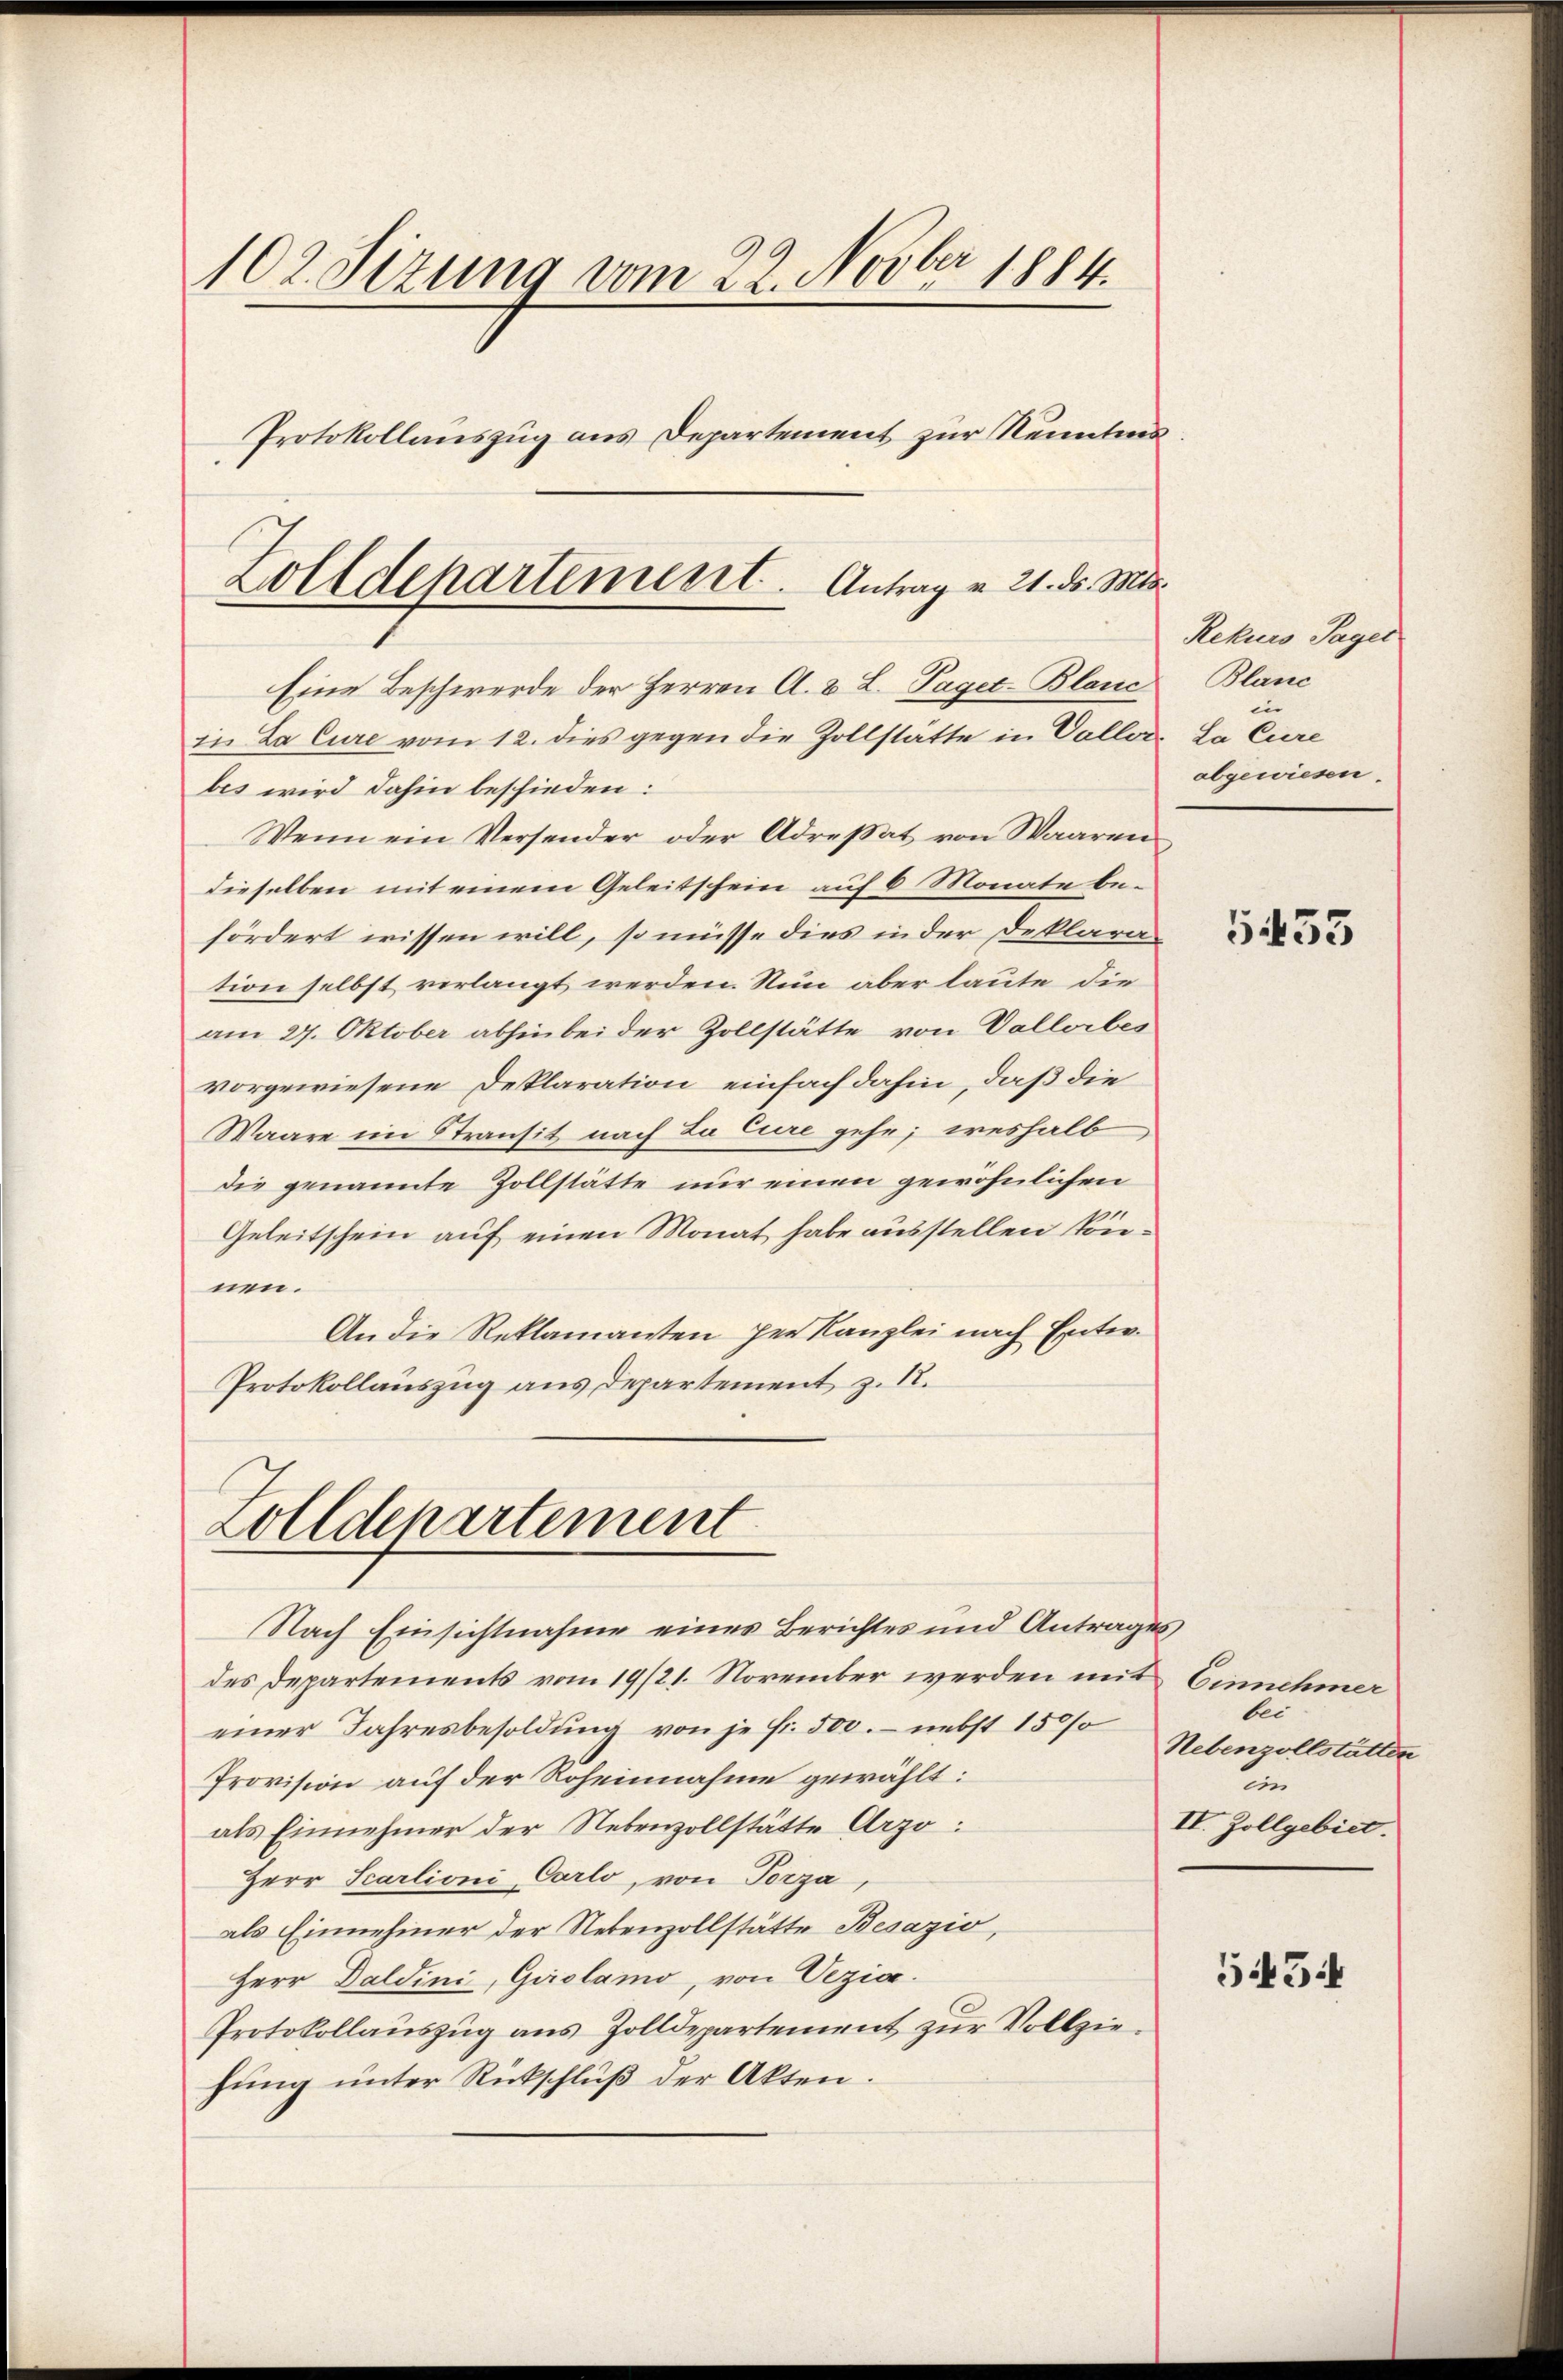
102. Sizung vom 22. Novber 1884.
Protokollauszug aus Departement zur Kenntnis¬

Eine Beschwerde der Herren A. B. L. Paget-Blanc
in La Cure vom 12. dies gegen die Zollstätte in Vallobes wird dahin beschieden:
Wenn ein Versender oder Adresat von Waaren
dieselben mit einem Geleitschein auf 6 Monate befördert wissen will, so müsse dies in der Deklaration selbst verlangt werden. Nun aber laute die
am 27. Oktober abhin bei der Zollstätte von Vallorbes
vorgewiesene Deklaration einfach dahin, daß die
Waare im Stransit nach La Cure gehe; weshalb
die genannte Zollstätte nur einen gewöhnlichen
Geleitschein auf einen Monat habe ausstellen können.
An die Reklamanten her Kanzlei nach Entw.
Protokollauszug aus Departement z. 18.

Zolldepartement. Antrag v. 21. d. Mts.

Zolldepartement

Nach Einsichtnahme eines Berichtes und Antrages
des Departements vom 19/21. November werden mit Einnehmer
einer Jahresbesoldung von je Fr. 500. nebst 1500
Provision auf der Roheinahme gewählt:
als Einnehmer der Nebenzollstätte Arzo:
Herr Scarlioni Carlo, von Torza,
als Einnehmer der Nebenzollstätte Besazio,
Herr Daldini, Girolamo, von Vezia
Protokollauszug aus Zolldepartement zur Vollziehung unter Rückschluß der Akten.

Rekurs Tagel
Blanc
in
La Ciere
abgewiesen.

5453

bei.
Nebenzollstätten
din
II. Zollgebiet.

545.